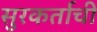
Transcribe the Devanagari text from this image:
सुरकर्ताची